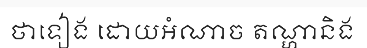
ថាទៀង ដោយអំណាច តណ្ហានិង